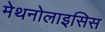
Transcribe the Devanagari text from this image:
मेथनोलाइसिस